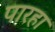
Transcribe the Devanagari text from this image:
पारहा